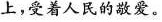
上，受着人民的敬爱。